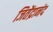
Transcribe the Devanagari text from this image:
जितेंद्रानंद